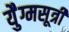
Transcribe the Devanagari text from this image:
युैग्मसूत्री